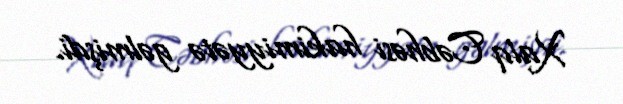
Xalq Cəbhəsi hakimiyyətə gəlmişdi.